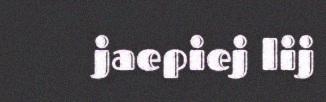
jaepiej lij